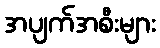
အပျက်အစီးများ